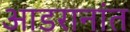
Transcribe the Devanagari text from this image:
आडरानांत